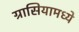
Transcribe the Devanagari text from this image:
ग्रासियामध्ये